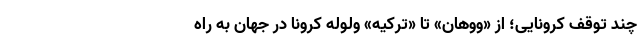
چند توقف کرونایی؛ از «ووهان» تا «ترکیه» وِلوِله کرونا در جهان به راه